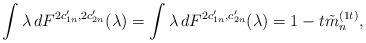
\begin{align*} \int\lambda \,dF^{2c_{1n}',2c_{2n}'}(\lambda)=\int\lambda\,dF^{2c_{1n}',c_{2n}'}(\lambda)=1-t\tilde{m}_n^{(1t)},\end{align*}